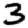
Digit: 3